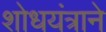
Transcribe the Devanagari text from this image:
शोधयंत्राने